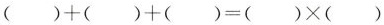
$$( ) + ( ) + ( ) = ( ) \times ( )